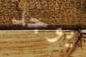
يوجد